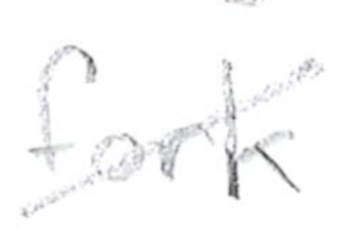
Text: fork
Cross-out: diagonal
Writing tool: pencil